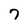
Character: 7